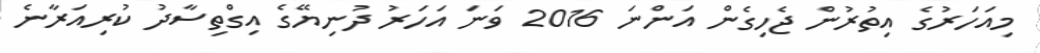
މިއަހަރުގެ އިތުރުން ޖެހިގެން އަންނަ 2016 ވަނަ އަހަރު ދުނިޔޭގެ އިގްތިސާދު ކުރިއަރާނެ